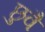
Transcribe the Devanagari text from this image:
छुवै